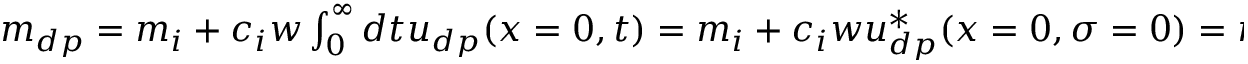
\begin{array} { r } { m _ { d p } = m _ { i } + c _ { i } w \int _ { 0 } ^ { \infty } d t u _ { d p } ( x = 0 , t ) = m _ { i } + c _ { i } w u _ { d p } ^ { \ast } ( x = 0 , \sigma = 0 ) = m _ { i } - \frac { m _ { i } \Gamma _ { p } ( 1 - \chi ) } { D _ { s } } , } \end{array}